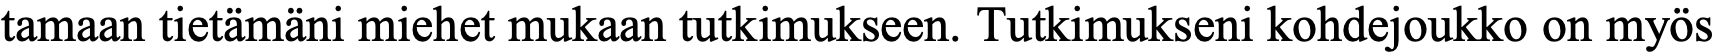
tamaan tietämäni miehet mukaan tutkimukseen. Tutkimukseni kohdejoukko on myös